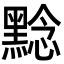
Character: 𪑡